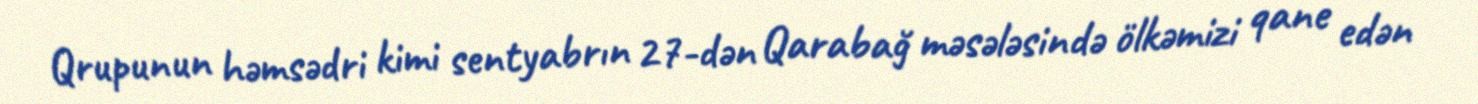
Qrupunun həmsədri kimi sentyabrın 27-dən Qarabağ məsələsində ölkəmizi qane edən